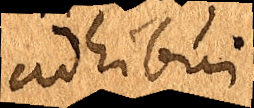
adhibui